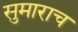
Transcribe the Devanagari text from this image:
सुमाराच